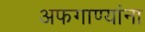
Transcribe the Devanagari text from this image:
अफगाण्यांना